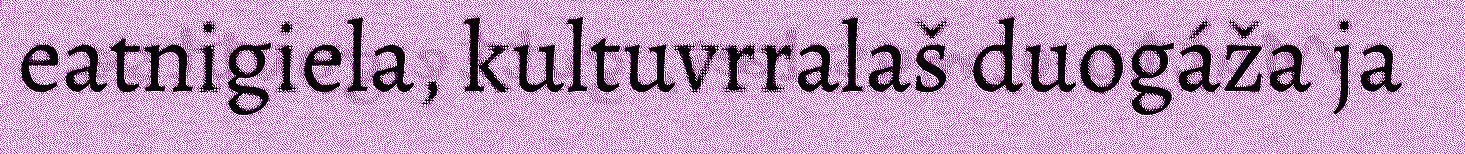
eatnigiela, kultuvrralaš duogáža ja